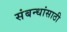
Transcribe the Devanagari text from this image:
संबन्धांसाठी